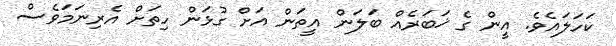
ކަހަަލައެވެ. އީން ގެ ޚަބަރެއް ބަަލަން އީތަން އަށް ގުޅަން ހިތަށް އެރިނަމަވެސް